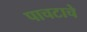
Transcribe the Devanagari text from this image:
पाचटाचे